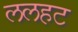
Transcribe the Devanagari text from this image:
ललहट